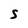
Character: S